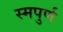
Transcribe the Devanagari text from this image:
स्मपुर्ण